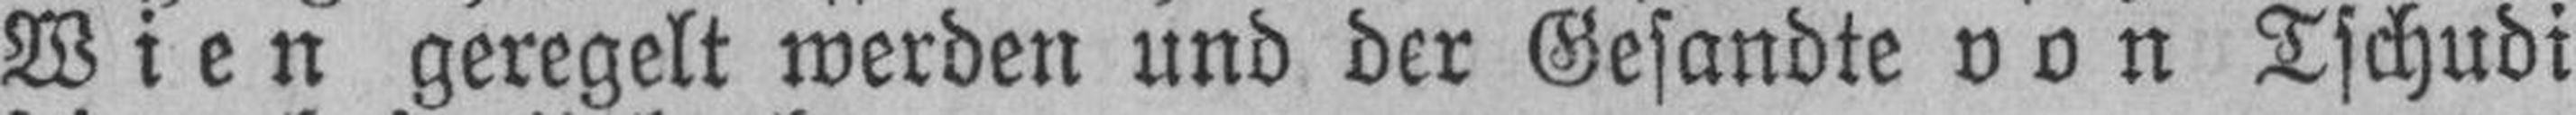
Wien geregelt werden und der Gesandte von Tschudi